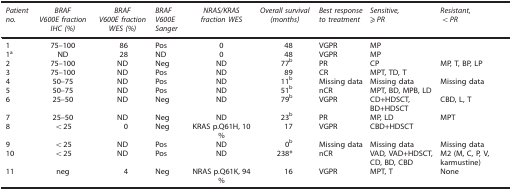
| Patient no. | BRAF V600E fraction IHC (%) | BRAF V600E fraction WES (%) | BRAF V600E Sanger | NRAS/KRAS fraction WES | Overall survival (months) | Best response to treatment | Sensitive, ⩾PR | Resistant, <PR |
 | --- | --- | --- | --- | --- | --- | --- | --- | --- |
 | 1 | 75–100 | 86 | Pos | 0 | 48 | VGPR | MP |  |
 | 1a | ND | 28 | ND | 0 | 48 | VGPR | MP |  |
 | 2 | 75–100 | ND | Neg | ND | 77b | PR | CP | MP, T, BP, LP |
 | 3 | 75–100 | ND | Pos | ND | 89 | CR | MPT, TD, T |  |
 | 4 | 50–75 | ND | Pos | ND | 11b | Missing data | Missing data | Missing data |
 | 5 | 50–75 | ND | Pos | ND | 51b | nCR | MPT, BD, MPB, LD |  |
 | 6 | 25–50 | ND | Neg | ND | 79b | VGPR | CD+HDSCT, BD+HDSCT | CBD, L, T |
 | 7 | 25–50 | ND | Neg | ND | 23b | PR | MP, LD | MPT |
 | 8 | <25 | 0 | Neg | KRAS p.Q61H, 10 % | 17 | VGPR | CBD+HDSCT |  |
 | 9 | <25 | ND | Pos | ND | 0b | Missing data | Missing data | Missing data |
 | 10 | <25 | ND | Pos | ND | 238* | nCR | VAD, VAD+HDSCT, CD, BD, CBD | M2 (M, C, P, V, karmustine) |
 | 11 | neg | 4 | Neg | NRAS p.Q61K, 94 % | 16 | VGPR | MPT, T | None |